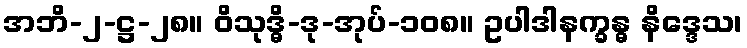
အဘိ-၂-ဋ္ဌ-၂၈။ ဝိသုဒ္ဓိ-ဒု-အုပ်-၁၀၈။ ဥပါဒါနက္ခန္ဓ နိဒ္ဒေသ၊